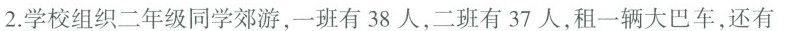
2.学校组织二年级同学郊游，一班有38人，二班有37人，租一辆大巴车，还有